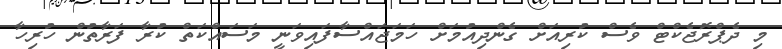
މި ދެޕްރޮޖެކްޓް ވެސް ކުރިއަށް ގެންދިއުމަށް ހަމަޖައްސާފައިވަނީ މަސައްކަތް ކުރާ ފަރާތުން ހުރިހާ